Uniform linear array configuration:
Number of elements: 64
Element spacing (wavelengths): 0.25
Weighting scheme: kaiser
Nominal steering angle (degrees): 60
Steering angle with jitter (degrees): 60.142
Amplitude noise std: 0.05
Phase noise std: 0.05

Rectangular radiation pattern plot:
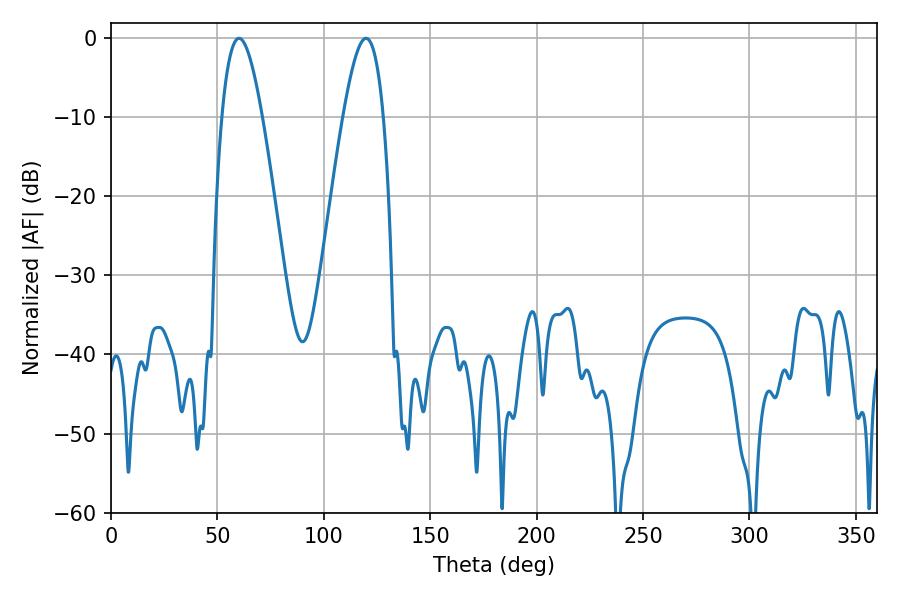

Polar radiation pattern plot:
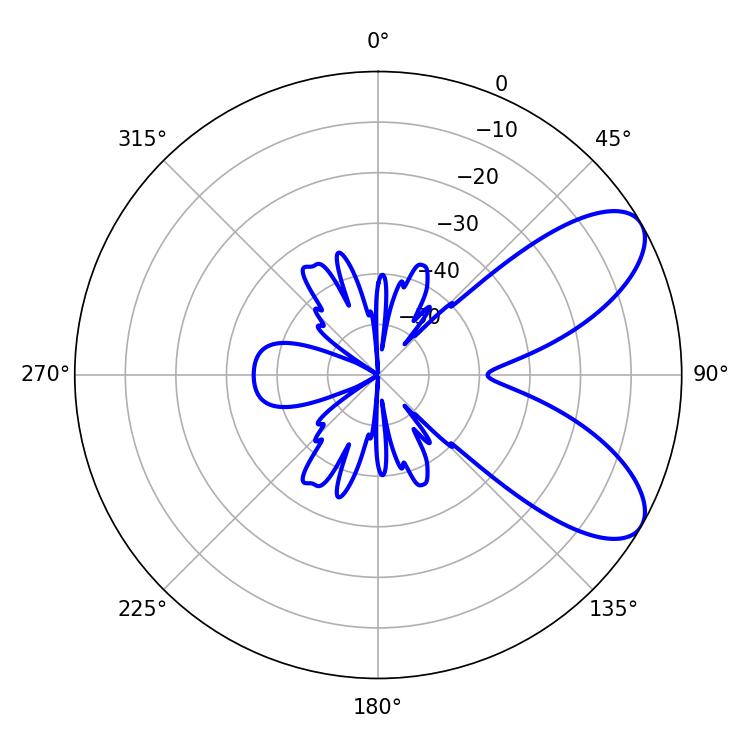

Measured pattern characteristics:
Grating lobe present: FALSE
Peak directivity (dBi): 7.701
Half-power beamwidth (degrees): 10.26
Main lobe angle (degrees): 60.12